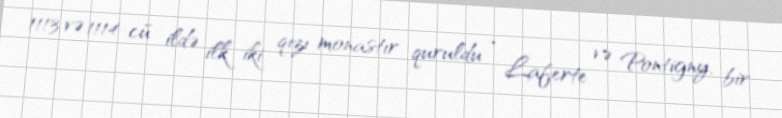
1113 və 1114-cü ildə ilk iki qızı monastır quruldu - Laferte və Pontigny, bir